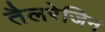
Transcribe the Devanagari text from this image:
तैलरेजिन